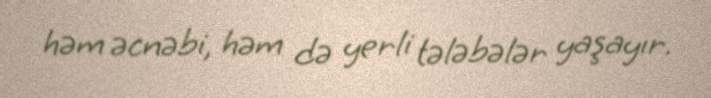
həm əcnəbi, həm də yerli tələbələr yaşayır.